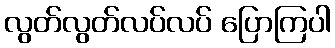
လွတ်လွတ်လပ်လပ် ပြောကြပါ